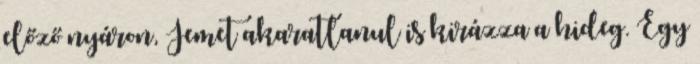
előző nyáron, Jemet akaratlanul is kirázza a hideg. Egy